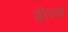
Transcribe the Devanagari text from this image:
हीरवा